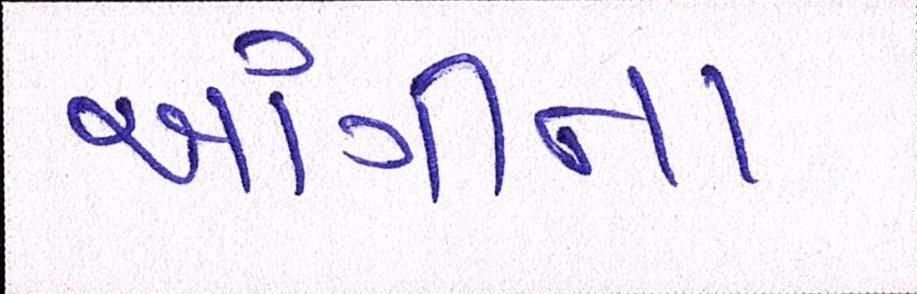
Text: આંગીના